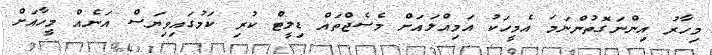
މިހާރު އިންނަގޮތުންނަމަ އެމީހަކު އަމިއްލައަށް މެސެޖްތައް ޑިލީޓް ކުރި ކަމުގައިވިޔަސް އަނެއް މީހާއަށް